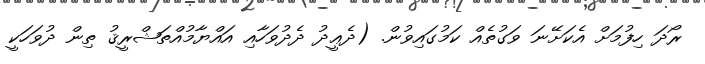
ރޯދަ ހިފުމަށް އެކަށޭނަ ވަގުތެއް ކަމުގައިވުން. (ދެޢީދު ދެދުވަހާއި އައްޔާމުއްތަޝްރީޤު ތިން ދުވަހަކީ